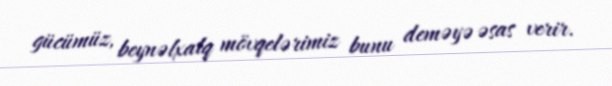
gücümüz, beynəlxalq mövqelərimiz bunu deməyə əsas verir.